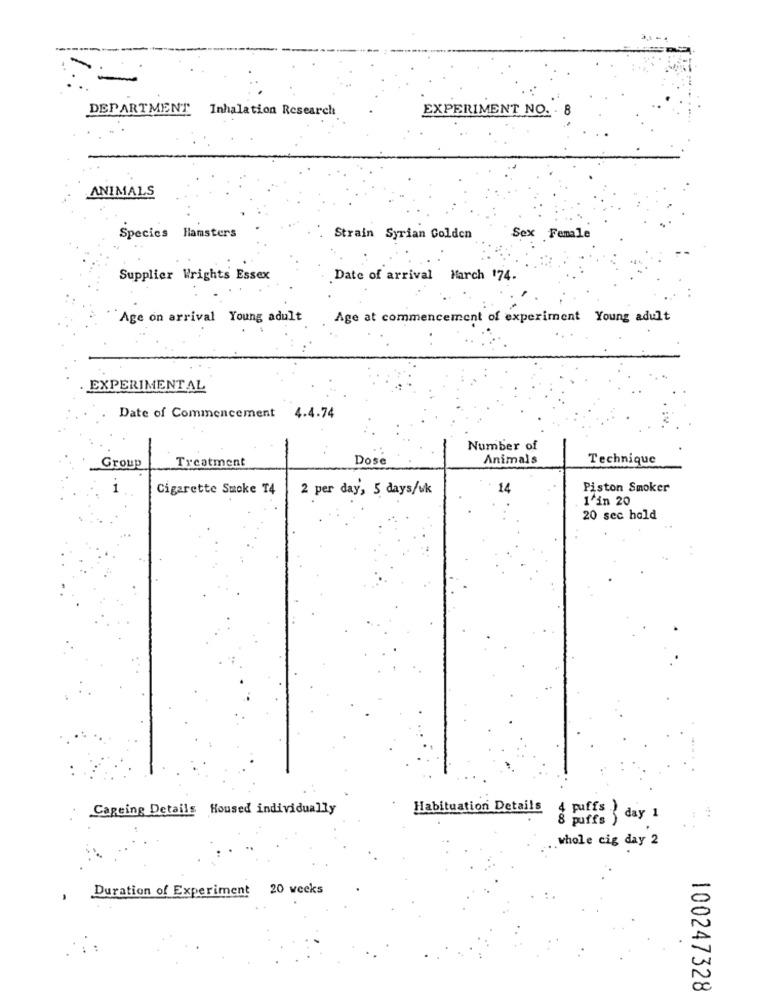
------
EXPERIMENT NO. . 8
DEPARTMENT Inhalation Research
ANIMALS
Species Hamsters
Strain Syrian Golden
Sex Female
Supplier Wrights Essex
.Date of arrival March 174.
Age on arrival Young adult
Age at commencement of experiment Young adult
EXPERIMENTAL
Date of Commencement 4.4.74
Number of
Treatment
Dose
Animals
Technique
Group
1
Cigarette Smoke T4
2 per day, 5 days/uk
14
Piston Smoker
1'in 20
20 sec hold
Cageing Details Housed individually
Habituation Details
4 puffs { day 1
puffs )
100
whole cig day 2
Duration of Experiment 20 weeks
100247328